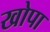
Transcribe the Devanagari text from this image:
खोपा